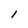
Character: l